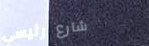
شارع رئيسي